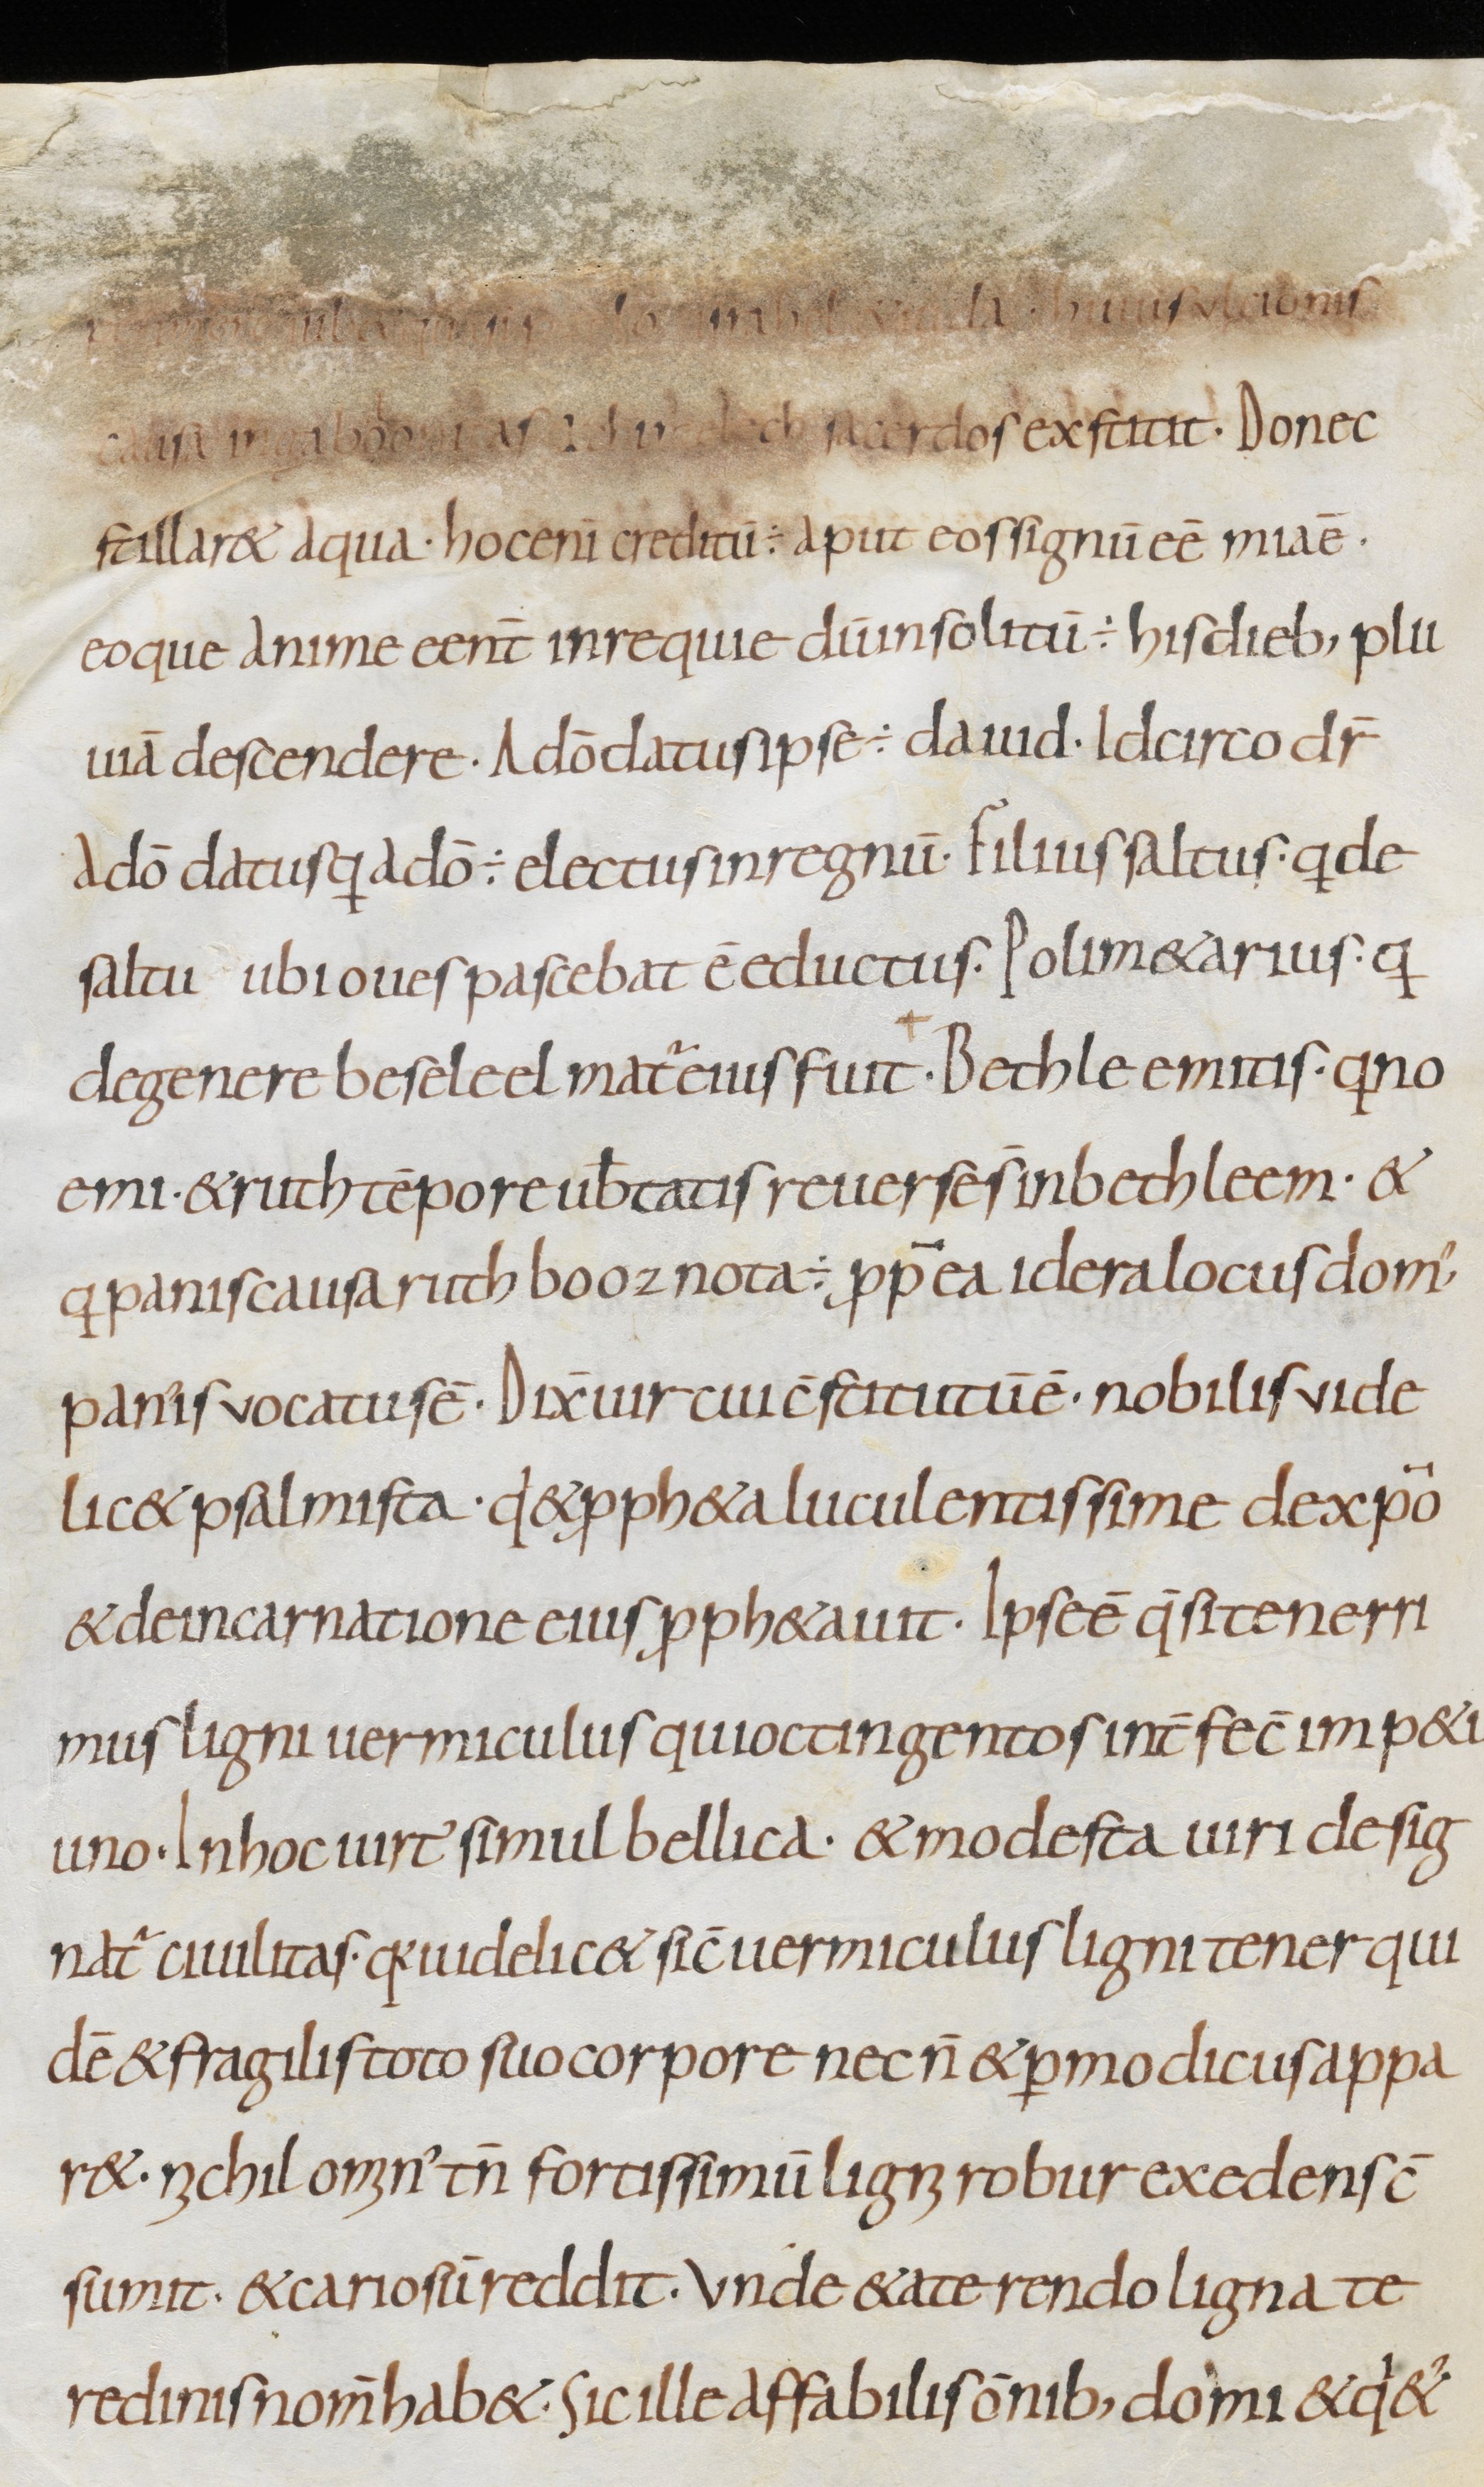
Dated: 800–999